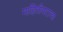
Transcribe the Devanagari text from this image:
माहितीपटाचा